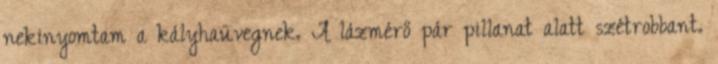
nekinyomtam a kályhaüvegnek. A lázmérő pár pillanat alatt szétrobbant.